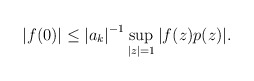
\begin{align*} |f(0)| \leq {|a_k|}^{-1} \sup_{|z|=1} |f(z)p(z)|.\end{align*}